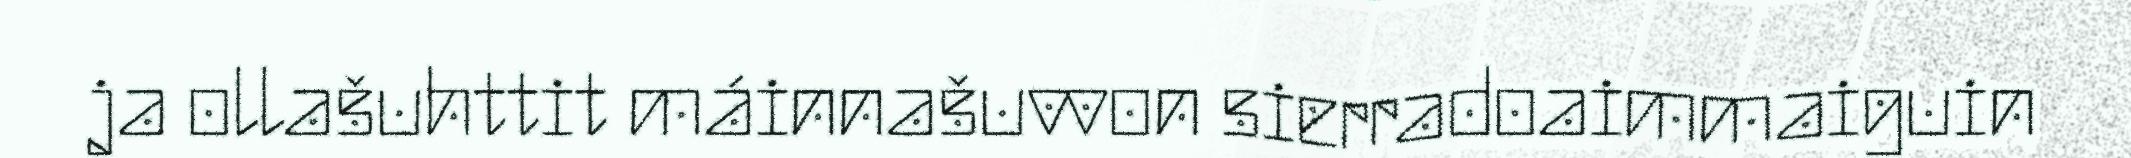
ja ollašuhttit máinnašuvvon sierradoaimmaiguin